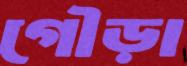
গৌড়া